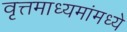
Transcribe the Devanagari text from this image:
वृत्तमाध्यमांमध्ये